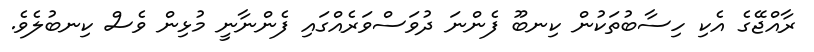
ރާއްޖޭގެ އެކި ހިސާބުތަކުން ކިނބޫ ފެންނަ ދުވަސްވަރެއްގައި ފެންނާނީ މުޅިން ވެސް ކިނބުލެވެ.